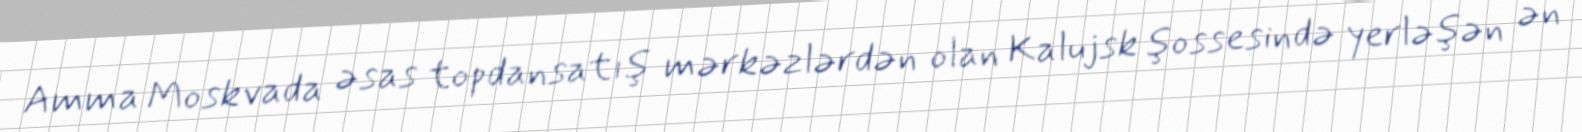
Amma Moskvada əsas topdansatış mərkəzlərdən olan Kalujsk şossesində yerləşən ən